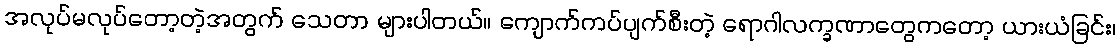
အလုပ်မလုပ်တော့တဲ့အတွက် သေတာ များပါတယ်။ ကျောက်ကပ်ပျက်စီးတဲ့ ရောဂါလက္ခဏာတွေကတော့ ယားယံခြင်း၊